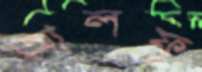
আলফু